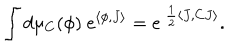
\int d \mu _ { C } ( \phi ) \ e ^ { \langle \phi , J \rangle } = e ^ { \ \frac { 1 } { 2 } \langle J , C J \rangle } .